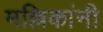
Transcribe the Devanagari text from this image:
मल्लिकांनी